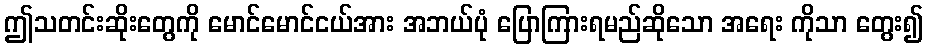
ဤသတင်းဆိုးတွေကို မောင်မောင်ငယ်အား အဘယ်ပုံ ပြောကြားရမည်ဆိုသော အရေး ကိုသာ တွေး၍